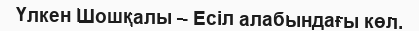
Үлкен Шошқалы – Есіл алабындағы көл.